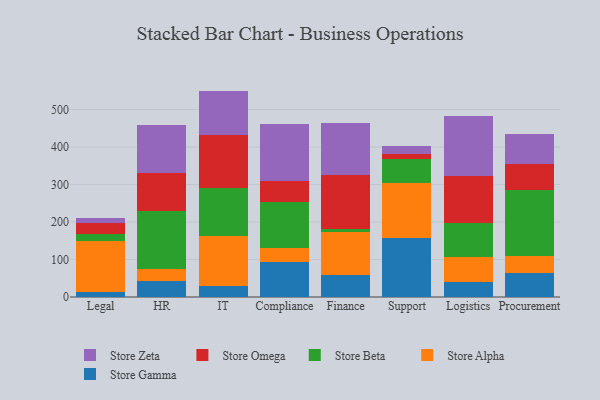
{"axis": {"x": "Department", "y": "Temperature (°C)"}, "legend": ["Store Alpha", "Store Beta", "Store Gamma", "Store Omega", "Store Zeta"], "data": [{"x": "Legal", "y": 14.0, "type": "Store Gamma"}, {"x": "Legal", "y": 136.7, "type": "Store Alpha"}, {"x": "Legal", "y": 17.7, "type": "Store Beta"}, {"x": "Legal", "y": 30.2, "type": "Store Omega"}, {"x": "Legal", "y": 11.5, "type": "Store Zeta"}, {"x": "HR", "y": 42.1, "type": "Store Gamma"}, {"x": "HR", "y": 31.6, "type": "Store Alpha"}, {"x": "HR", "y": 156.2, "type": "Store Beta"}, {"x": "HR", "y": 101.4, "type": "Store Omega"}, {"x": "HR", "y": 128.2, "type": "Store Zeta"}, {"x": "IT", "y": 29.5, "type": "Store Gamma"}, {"x": "IT", "y": 132.8, "type": "Store Alpha"}, {"x": "IT", "y": 129.0, "type": "Store Beta"}, {"x": "IT", "y": 140.7, "type": "Store Omega"}, {"x": "IT", "y": 117.9, "type": "Store Zeta"}, {"x": "Compliance", "y": 93.3, "type": "Store Gamma"}, {"x": "Compliance", "y": 36.6, "type": "Store Alpha"}, {"x": "Compliance", "y": 123.1, "type": "Store Beta"}, {"x": "Compliance", "y": 57.1, "type": "Store Omega"}, {"x": "Compliance", "y": 150.3, "type": "Store Zeta"}, {"x": "Finance", "y": 58.1, "type": "Store Gamma"}, {"x": "Finance", "y": 114.0, "type": "Store Alpha"}, {"x": "Finance", "y": 8.0, "type": "Store Beta"}, {"x": "Finance", "y": 145.1, "type": "Store Omega"}, {"x": "Finance", "y": 138.3, "type": "Store Zeta"}, {"x": "Support", "y": 157.0, "type": "Store Gamma"}, {"x": "Support", "y": 146.9, "type": "Store Alpha"}, {"x": "Support", "y": 64.7, "type": "Store Beta"}, {"x": "Support", "y": 12.6, "type": "Store Omega"}, {"x": "Support", "y": 22.0, "type": "Store Zeta"}, {"x": "Logistics", "y": 40.7, "type": "Store Gamma"}, {"x": "Logistics", "y": 66.4, "type": "Store Alpha"}, {"x": "Logistics", "y": 90.4, "type": "Store Beta"}, {"x": "Logistics", "y": 125.5, "type": "Store Omega"}, {"x": "Logistics", "y": 158.6, "type": "Store Zeta"}, {"x": "Procurement", "y": 63.6, "type": "Store Gamma"}, {"x": "Procurement", "y": 45.4, "type": "Store Alpha"}, {"x": "Procurement", "y": 177.7, "type": "Store Beta"}, {"x": "Procurement", "y": 67.1, "type": "Store Omega"}, {"x": "Procurement", "y": 80.9, "type": "Store Zeta"}]}